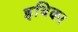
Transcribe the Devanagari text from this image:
इथिका